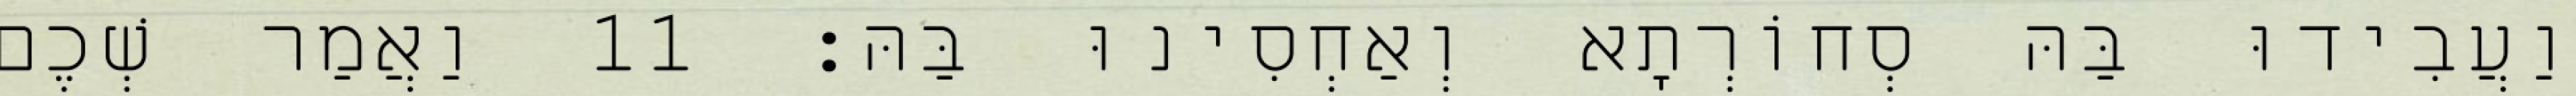
וַעֲבִידוּ בַּהּ סְחוֹרְתָא וְאַחְסִינוּ בַּהּ׃ 11 וַאֲמַר שְׁכֶם